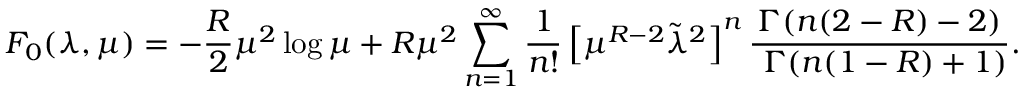
F _ { 0 } ( \lambda , \mu ) = - { \frac { R } { 2 } } \mu ^ { 2 } \log \mu + R \mu ^ { 2 } \sum _ { n = 1 } ^ { \infty } { \frac { 1 } { n ! } } \left[ \mu ^ { R - 2 } \tilde { \lambda } ^ { 2 } \right] ^ { n } { \frac { \Gamma ( n ( 2 - R ) - 2 ) } { \ \Gamma ( n ( 1 - R ) + 1 ) } } .